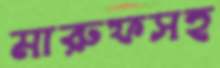
মারুফসহ